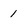
Character: 1